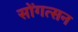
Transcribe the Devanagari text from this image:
सोंगत्सन